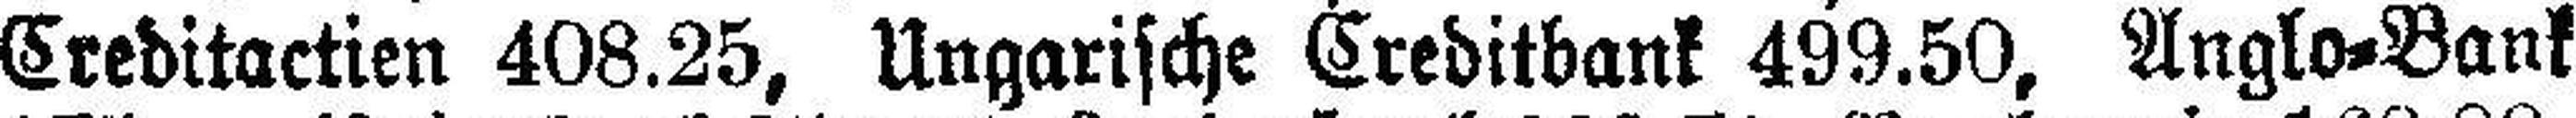
Creditactien 408.25, Ungarische Creditbank 499.50, Anglo=Bank